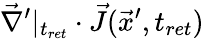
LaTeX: \vec{\nabla}^{\prime}|_{t_{ret}}\cdot\vec{J}(\vec{x}^{\prime},t_{ret})